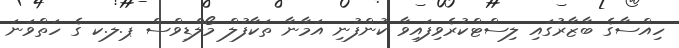
ހިއްސާގެ ބާޒާރުގައި ލިސްޓްކުރެވިފައިވާ ކުންފުނި އަމާނާ ތަކާފުލް މޯލްޑިވްސް ޕ.ލ.ކ ގެ ހަތްވަނަ